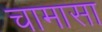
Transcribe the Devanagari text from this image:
चामासा